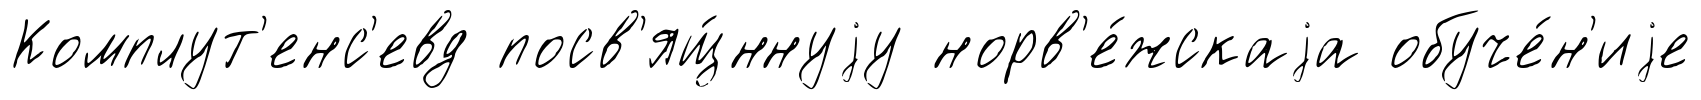
Комплут'енс'евд посв'ящ́ннуjу норв'е́жскаjа обуче́н'иjе